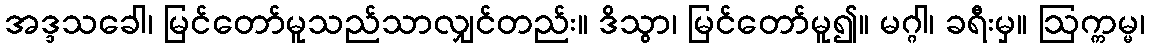
အဒ္ဒသခေါ၊ မြင်တော်မူသည်သာလျှင်တည်း။ ဒိသွာ၊ မြင်တော်မူ၍။ မဂ္ဂါ၊ ခရီးမှ။ ဩက္ကမ္မ၊